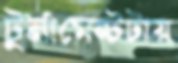
টুর্নামেন্টটায়